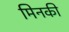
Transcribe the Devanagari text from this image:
मिनकी